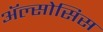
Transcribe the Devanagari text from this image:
ॲल्सोसिस